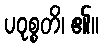
ပဝုစ္စတိ၊ ၏။